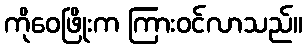
ကိုဝေဖြိုးက ကြားဝင်လာသည်။